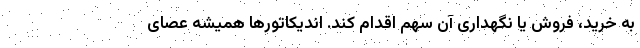
به خرید، فروش یا نگهداری آن سهم اقدام کند. اندیکاتورها همیشه عصای